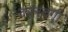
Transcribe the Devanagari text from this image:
कलदगी